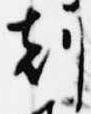
刻